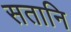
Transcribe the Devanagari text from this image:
सतानि